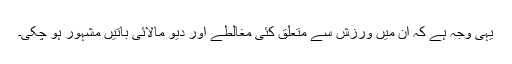
یہی وجہ ہے کہ ان میں ورزش سے متعلق کئی مغالطے اور دیو مالائی باتیں مشہور ہو چکی۔